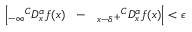
\left| _ { - \infty } { } ^ { C } D _ { x } ^ { \alpha } f ( x ) ~ ~ - ~ ~ { } _ { x - \delta ^ { + } } { } ^ { C } D _ { x } ^ { \alpha } f ( x ) \right| < \epsilon